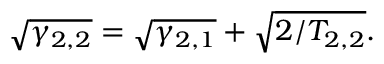
\sqrt { \gamma _ { 2 , 2 } } = \sqrt { \gamma _ { 2 , 1 } } + \sqrt { 2 / T _ { 2 , 2 } } .